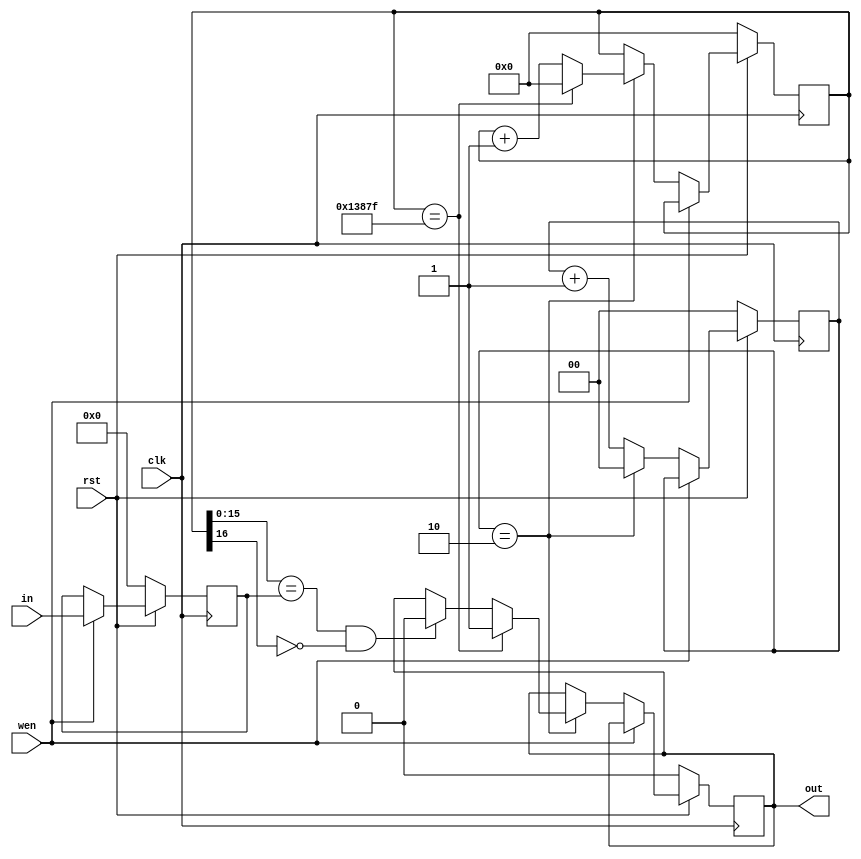
module PWM (clk,wen,rst,in,out);
	
	input wire clk;
	input wire rst;
	input wire wen;
	input wire [15:0] in;
	output reg out;
 
 
	reg [16:0] periodCounter;
	reg [1:0] clkCount;
	reg [15:0] PWMPulseWidthCount;
	
	
	
	always @(posedge clk)
	begin 
		if (rst==0)
			begin 
				periodCounter <= 17'd0;
				PWMPulseWidthCount <= 16'd0;
				out <= 1'b0;
				clkCount <= 2'b00;
			end	
		else	
		if (wen==1'b1)
		
			PWMPulseWidthCount <= in;
			//PWMPulseWidthCount
		
		else 
		if (clkCount == 2'b10)
             begin
				clkCount <= 0;	
				if 	(periodCounter == 17'd79999)
				begin
					out <= 1'b1;
					periodCounter <= 17'd0;
				end
				else
				begin
					periodCounter <= periodCounter + 1'b1;
					if ((periodCounter[15:0] == PWMPulseWidthCount) && (periodCounter[16]==1'b0))
					begin
						out <= 1'b0;
					end	
				end
			end	
		else
        begin		
		    clkCount <= clkCount + 2'b01;
		end
		
	end 

endmodule